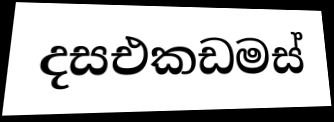
දසඑකඩමස්